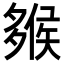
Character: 𡗁